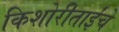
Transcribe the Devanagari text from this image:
किशोरीताईंचे